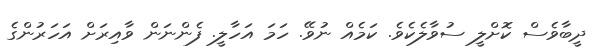
ދީބާވެސް ކޮށްލީ ސުވާލެކެވެ. ކަމެއް ނުވޭ. ހަމަ އަހާލީ. ފެންނަން ވާއިރަށް އަހަރުންގެ